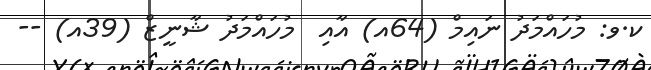
ކ.ވ: މުހައްމަދު ނައިމް (64އ) އާއި  މުހައްމަދު ޝާނީޒް (39އ) --